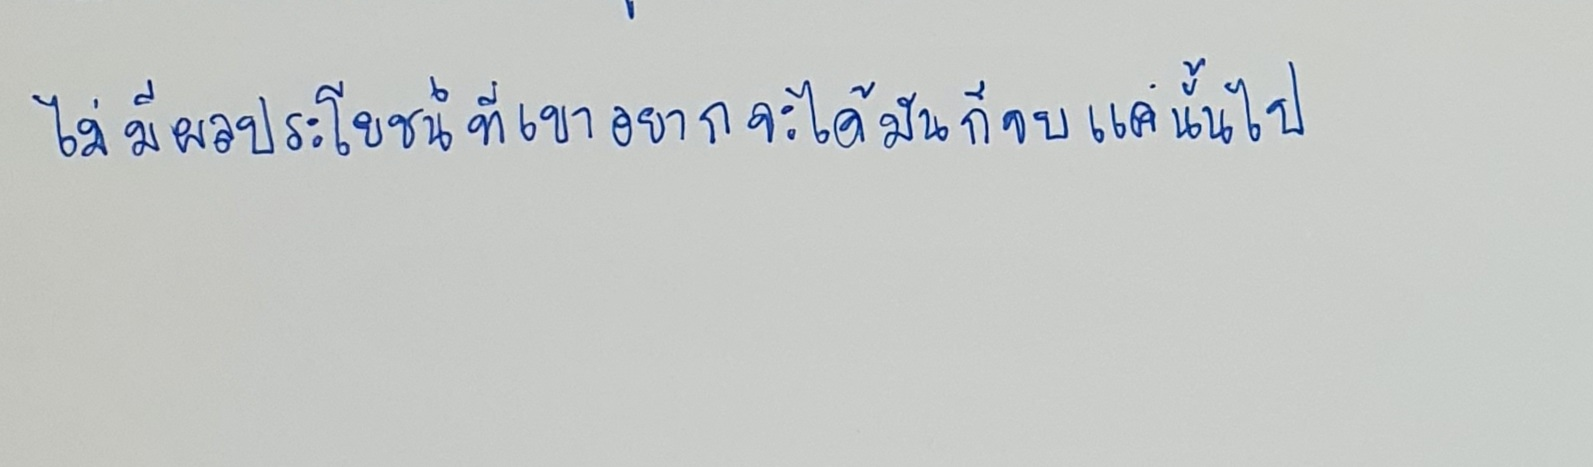
ไม่มีผลประโยชน์ที่เขาอยากจะได้มันก็จบแค่นั้นไป